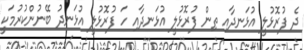
ދެ ފުރޮޅުލީ އުޅަނދާއި ތިން ފުރޮޅުލީ އުޅަނދާއި ހަ ފުރޮޅުލީ އުޅަނދު ބޭނުންކުރުމަކީ